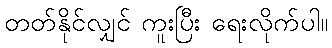
တတ်နိုင်လျှင် ကူးပြီး ရေးလိုက်ပါ။